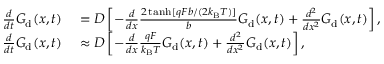
\begin{array} { r l } { \frac { d } { d t } G _ { \mathrm { d } } ( x , t ) } & { { } = D \left[ - \frac { d } { d x } \frac { 2 \operatorname { t a n h } [ q F b / ( 2 k _ { \mathrm { B } } T ) ] } { b } G _ { \mathrm { d } } ( x , t ) + \frac { d ^ { 2 } } { d x ^ { 2 } } G _ { \mathrm { d } } ( x , t ) \right] , } \\ { \frac { d } { d t } G _ { \mathrm { d } } ( x , t ) } & { { } \approx D \left[ - \frac { d } { d x } \frac { q F } { k _ { \mathrm { B } } T } G _ { \mathrm { d } } ( x , t ) + \frac { d ^ { 2 } } { d x ^ { 2 } } G _ { \mathrm { d } } ( x , t ) \right] , } \end{array}